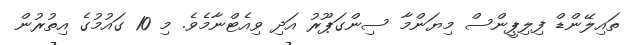
ތައިލޭންޑް ފިލިޕީންސް މިޔަންމާ ސިންގަޕޫރު އަދި ވިއެޓްނާމެވެ. މި 10 ގައުމުގެ އިތުރުން